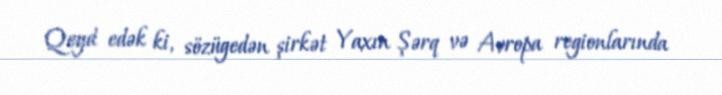
Qeyd edək ki, sözügedən şirkət Yaxın Şərq və Avropa regionlarında